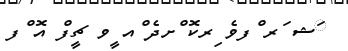
ަޝ ަރ ްފވެ ިރކޮ ްށދެ ްއ ީވ ޗީފް އޮ ްފ